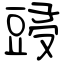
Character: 䜷